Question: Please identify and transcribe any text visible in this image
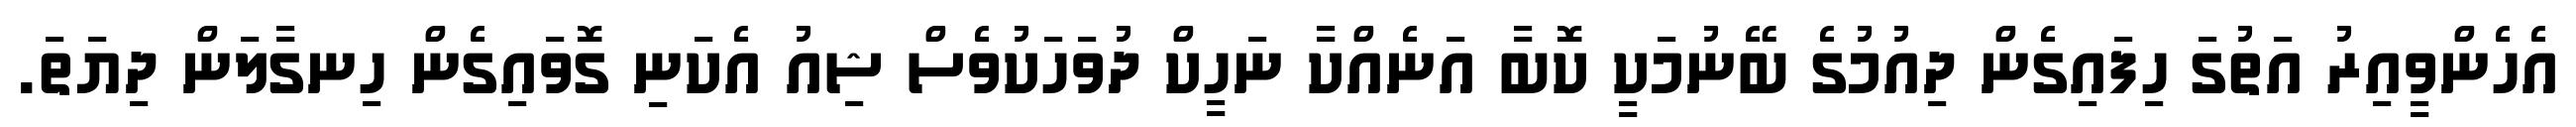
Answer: އެހެންވީއިރު އަތުގަ ހިފައިގެން ދިއުމުގެ ބޭނުމަކީ ކޮބާ އަނެއްކާ ނަހީކް ދުވަހަކުވެސް ޝިއު އެކަނި ގޮވައިގެން ހިނގާލަން ދިޔަތަ.